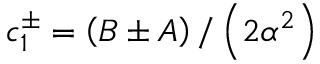
c _ { 1 } ^ { \pm } = \left( B \pm A \right) / \left( 2 \alpha ^ { 2 } \right)